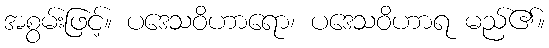
အစွမ်းဖြင့်။ ပဒေသဝိဟာရော၊ ပဒေသဝိဟာရ မည်၏။